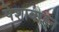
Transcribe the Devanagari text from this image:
पेशावरहून